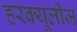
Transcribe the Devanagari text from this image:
हरक्यूलीज